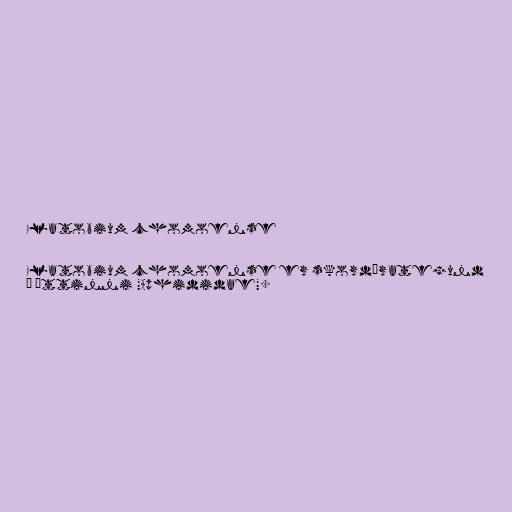
Elatobium chomoense

Elatobium chomoense er skordýrategund
í ættinni "Aphididae".